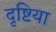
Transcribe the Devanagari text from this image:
दृष्टिया